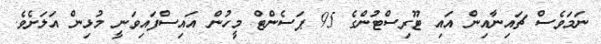
ނަމަވެސް ޗައިނާއިން އައި ޓޫރިސްޓުންގެ 95 ޕަސެންޓް މީހުން އައިސްފައިވަނީ މުޅިން އަލަށެވެ.